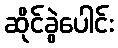
ဆိုင်ခွဲပေါင်း